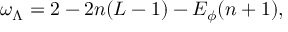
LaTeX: \omega _ { \Lambda } = 2 - 2 n ( L - 1 ) - E _ { \phi } ( n + 1 ) ,